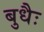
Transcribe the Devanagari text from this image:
बुधैः